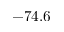
- 7 4 . 6